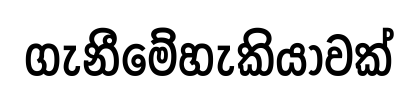
ගැනීමේහැකියාවක්